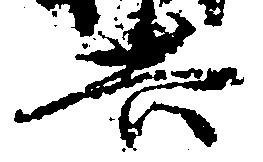
共